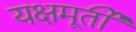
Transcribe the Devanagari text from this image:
यक्षमूर्ती